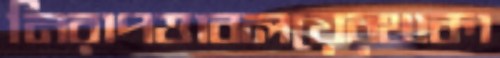
নিরাপত্তাবলয়েরথাকা